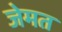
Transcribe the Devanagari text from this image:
जेमत